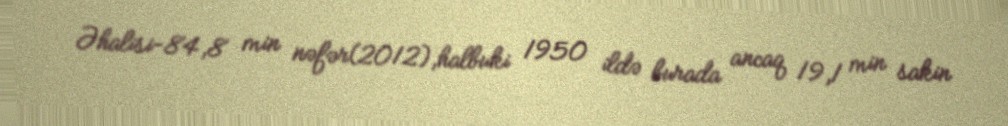
Əhalisi-84,8 min nəfər(2012),halbuki 1950 ildə burada ancaq 19,1 min sakin